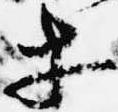
等